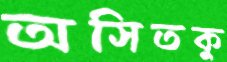
অসিতকু